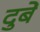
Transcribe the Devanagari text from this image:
दुबें